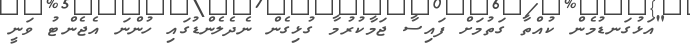
"އަޅުގަނޑުމެން ކުއްތާ ގަތުމަށް ފައިސާ ޖަމާކުރުމާ ގުޅިގެން ނެދެލެންޑުގައި ހުންނަ އެޖެންޓު ވަނީ